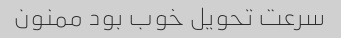
سرعت تحویل خوب بود ممنون